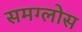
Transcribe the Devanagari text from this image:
समग्लोस